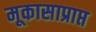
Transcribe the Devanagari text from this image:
मूकासाप्राप्त